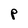
Character: P